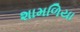
શામળિયા